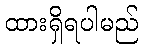
ထားရှိရပါမည်